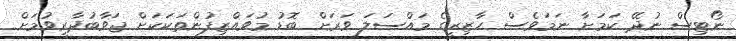
ނޯޓިސް ނުދޭ ކަމަށާ ނަމަވެސް ހާޒިރީގެ މައްސަލަ ވަރަށް ބޮޑު މުވައްޒިފުންތަކަކަށް ޖަވާބުދާރީވުމަށް